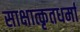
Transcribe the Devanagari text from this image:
साक्षात्कृतधर्मा